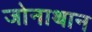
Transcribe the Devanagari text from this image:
जोनाथान